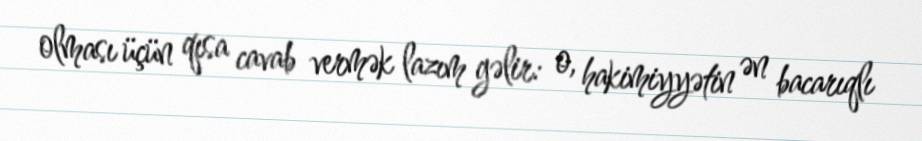
olması üçün qısa cavab vermək lazım gəlir: o, hakimiyyətin ən bacarıqlı